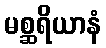
မစ္ဆရိယာနံ